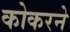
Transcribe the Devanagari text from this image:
कोकरने